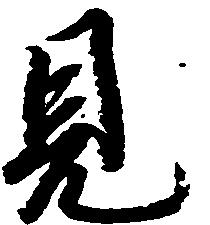
見